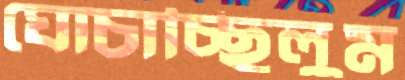
ঘোচাচ্ছিলুম